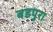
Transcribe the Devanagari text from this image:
बडपुरा